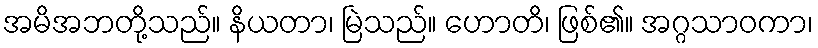
အမိအဘတို့သည်။ နိယတာ၊ မြဲသည်။ ဟောတိ၊ ဖြစ်၏။ အဂ္ဂသာဝကာ၊